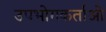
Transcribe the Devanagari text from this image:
उपभोगकर्ताओ